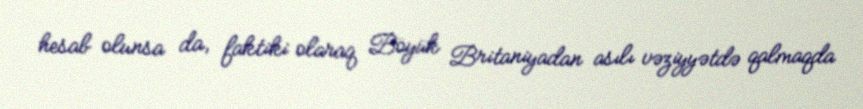
hesab olunsa da, faktiki olaraq Böyük Britaniyadan asılı vəziyyətdə qalmaqda